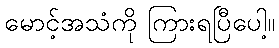
မောင့်အသံကို ကြားရပြီပေါ့။